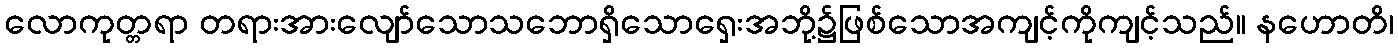
လောကုတ္တရာ တရားအားလျော်သောသဘောရှိသောရှေးအဘို့၌ဖြစ်သောအကျင့်ကိုကျင့်သည်။ နဟောတိ၊